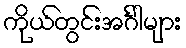
ကိုယ်တွင်းအင်္ဂါများ